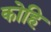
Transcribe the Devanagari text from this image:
कोहि